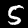
Label: 5